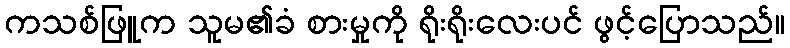
ကသစ်ဖြူက သူမ၏ခံ စားမှုကို ရိုးရိုးလေးပင် ဖွင့်ပြောသည်။